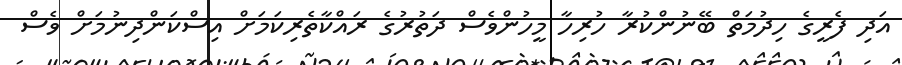
އަދި ފެރީގެ ހިދުމަތް ބޭނުންކުރާ ހުރިހާ މީހުންވެސް ދަތުރުގެ ރައްކާތެރިކަމަށް އިސްކަންދިނުމަށް ވެސް